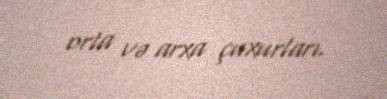
orta və arxa çuxurları.